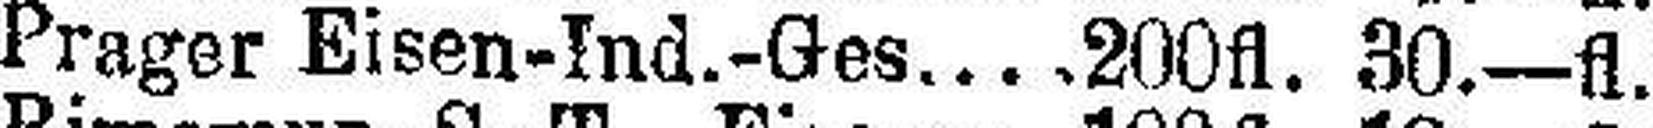
Prager Eisen-Ind.-Ges 200fl. 30.—fl.